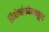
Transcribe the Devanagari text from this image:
विशेषांकांमधून